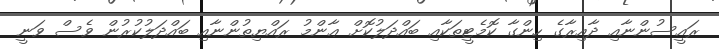
ރައީސުންނާއި ދާއިރާގެ ހިންގާ ކޮމެޓީތަކާއި ބައްދަލުކޮށް ޢާންމު ރައްޔިތުންނާއި ބައްދަލުކުރުން ވެސް ވަނީ